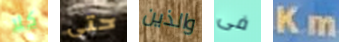
كلا حتى والذين فى Km